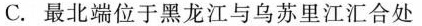
C最北端位于黑龙江与乌苏里江汇合处